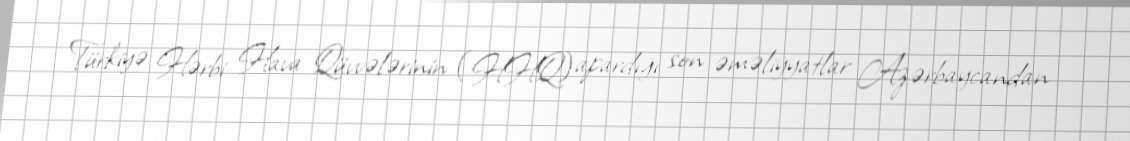
Türkiyə Hərbi Hava Qüvvələrinin (HHQ) apardığı son əməliyyatlar Azərbaycandan